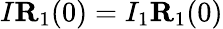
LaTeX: I{\mathbf R}_{1}(0)=I_{1}{\mathbf R}_{1}(0)